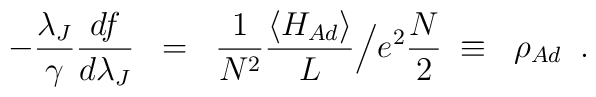
- \frac{\lambda_J}{\gamma}\frac{df}{d\lambda_J} \; \; = \; \; \frac{1}{N^2}\frac{\langle H_{Ad} \rangle}{L} \Big/ e^2\frac{N}{2} \;\equiv \; \; \rho_{Ad} \; \;.